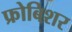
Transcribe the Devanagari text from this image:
फ्रोबिशर